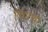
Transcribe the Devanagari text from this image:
विद्यार्थ्यी